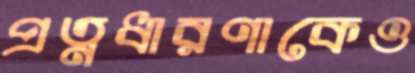
প্রত্নধারণাকেও